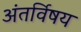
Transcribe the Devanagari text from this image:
अंतर्विषय